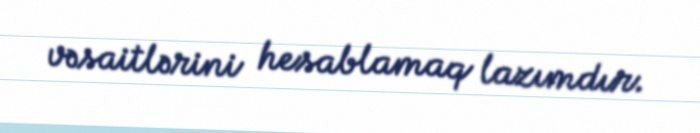
vəsaitlərini hesablamaq lazımdır.